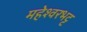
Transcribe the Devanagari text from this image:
महेश्वरभट्ट